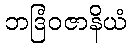
ဘဒြံဝဇာနိယံ